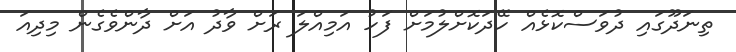
ތިނަދޫގައި ދުވަސްކޮޅެއް ހޭދަކޮށްލުމަށް ފަހު އަމިއްލަ ރަށް ވާދު އަށް ދާންވެގެން މިދިއަ